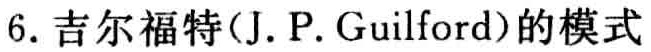
6. 吉尔福特(J. P. Guilford)的模式